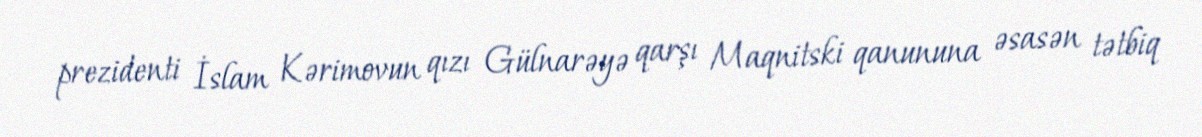
prezidenti İslam Kərimovun qızı Gülnarəyə qarşı Maqnitski qanununa əsasən tətbiq